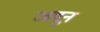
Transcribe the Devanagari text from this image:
जवून